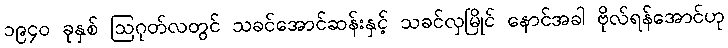
၁၉၄၀ ခုနှစ် ဩဂုတ်လတွင် သခင်အောင်ဆန်းနှင့် သခင်လှမြိုင် နောင်အခါ ဗိုလ်ရန်အောင်ဟု